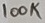
Text: 100K